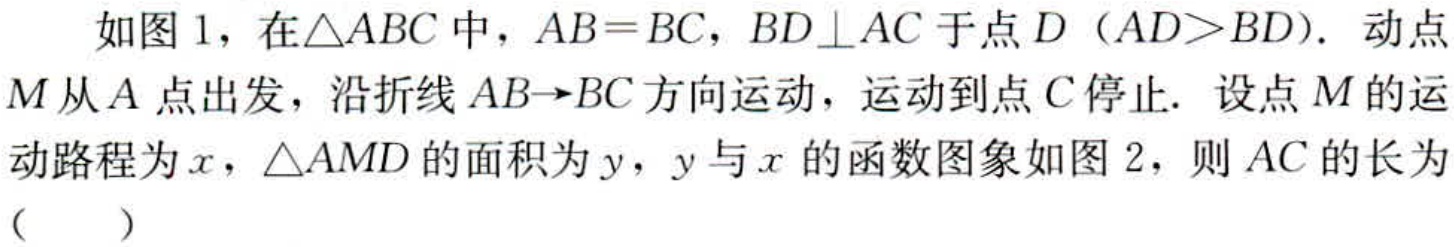
如图1，在\(\triangle ABC\)中，\(AB = BC\)，\(BD\perp AC\)于点\(D\)（\(AD>BD\)）．动点\(M\)从\(A\)点出发，沿折线\(AB\rightarrow BC\)方向运动，运动到点\(C\)停止．设点\(M\)的运动路程为\(x\)，\(\triangle AMD\)的面积为\(y\)，\(y\)与\(x\)的函数图象如图2，则\(AC\)的长为（  ）